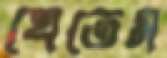
খেতেম